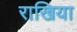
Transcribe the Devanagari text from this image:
राखिया